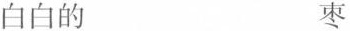
白白的 枣